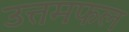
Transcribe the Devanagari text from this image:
उत्तमफल